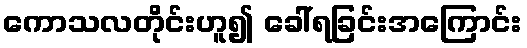
ကောသလတိုင်းဟူ၍ ခေါ်ရခြင်းအကြောင်း